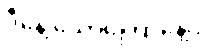
ဒီနေ့ သောကြောနေ့ပါ။